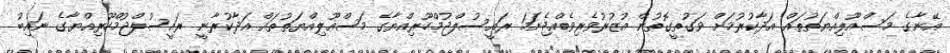
އޭނާގެ މަސްއޫލިއްޔަތުތައް އަދާކުރުމަށް ވަގުތީގޮތުން އުޒުރުވެރިވެއްޖެނަމަ ރައީސުލްޖުމްހޫރިއްޔާގެ މަސްއޫލިއްޔަތުތައް އަދާކުރާނީ ރައީސުލްޖުމްހޫރިއްޔާގެ ނައިބު